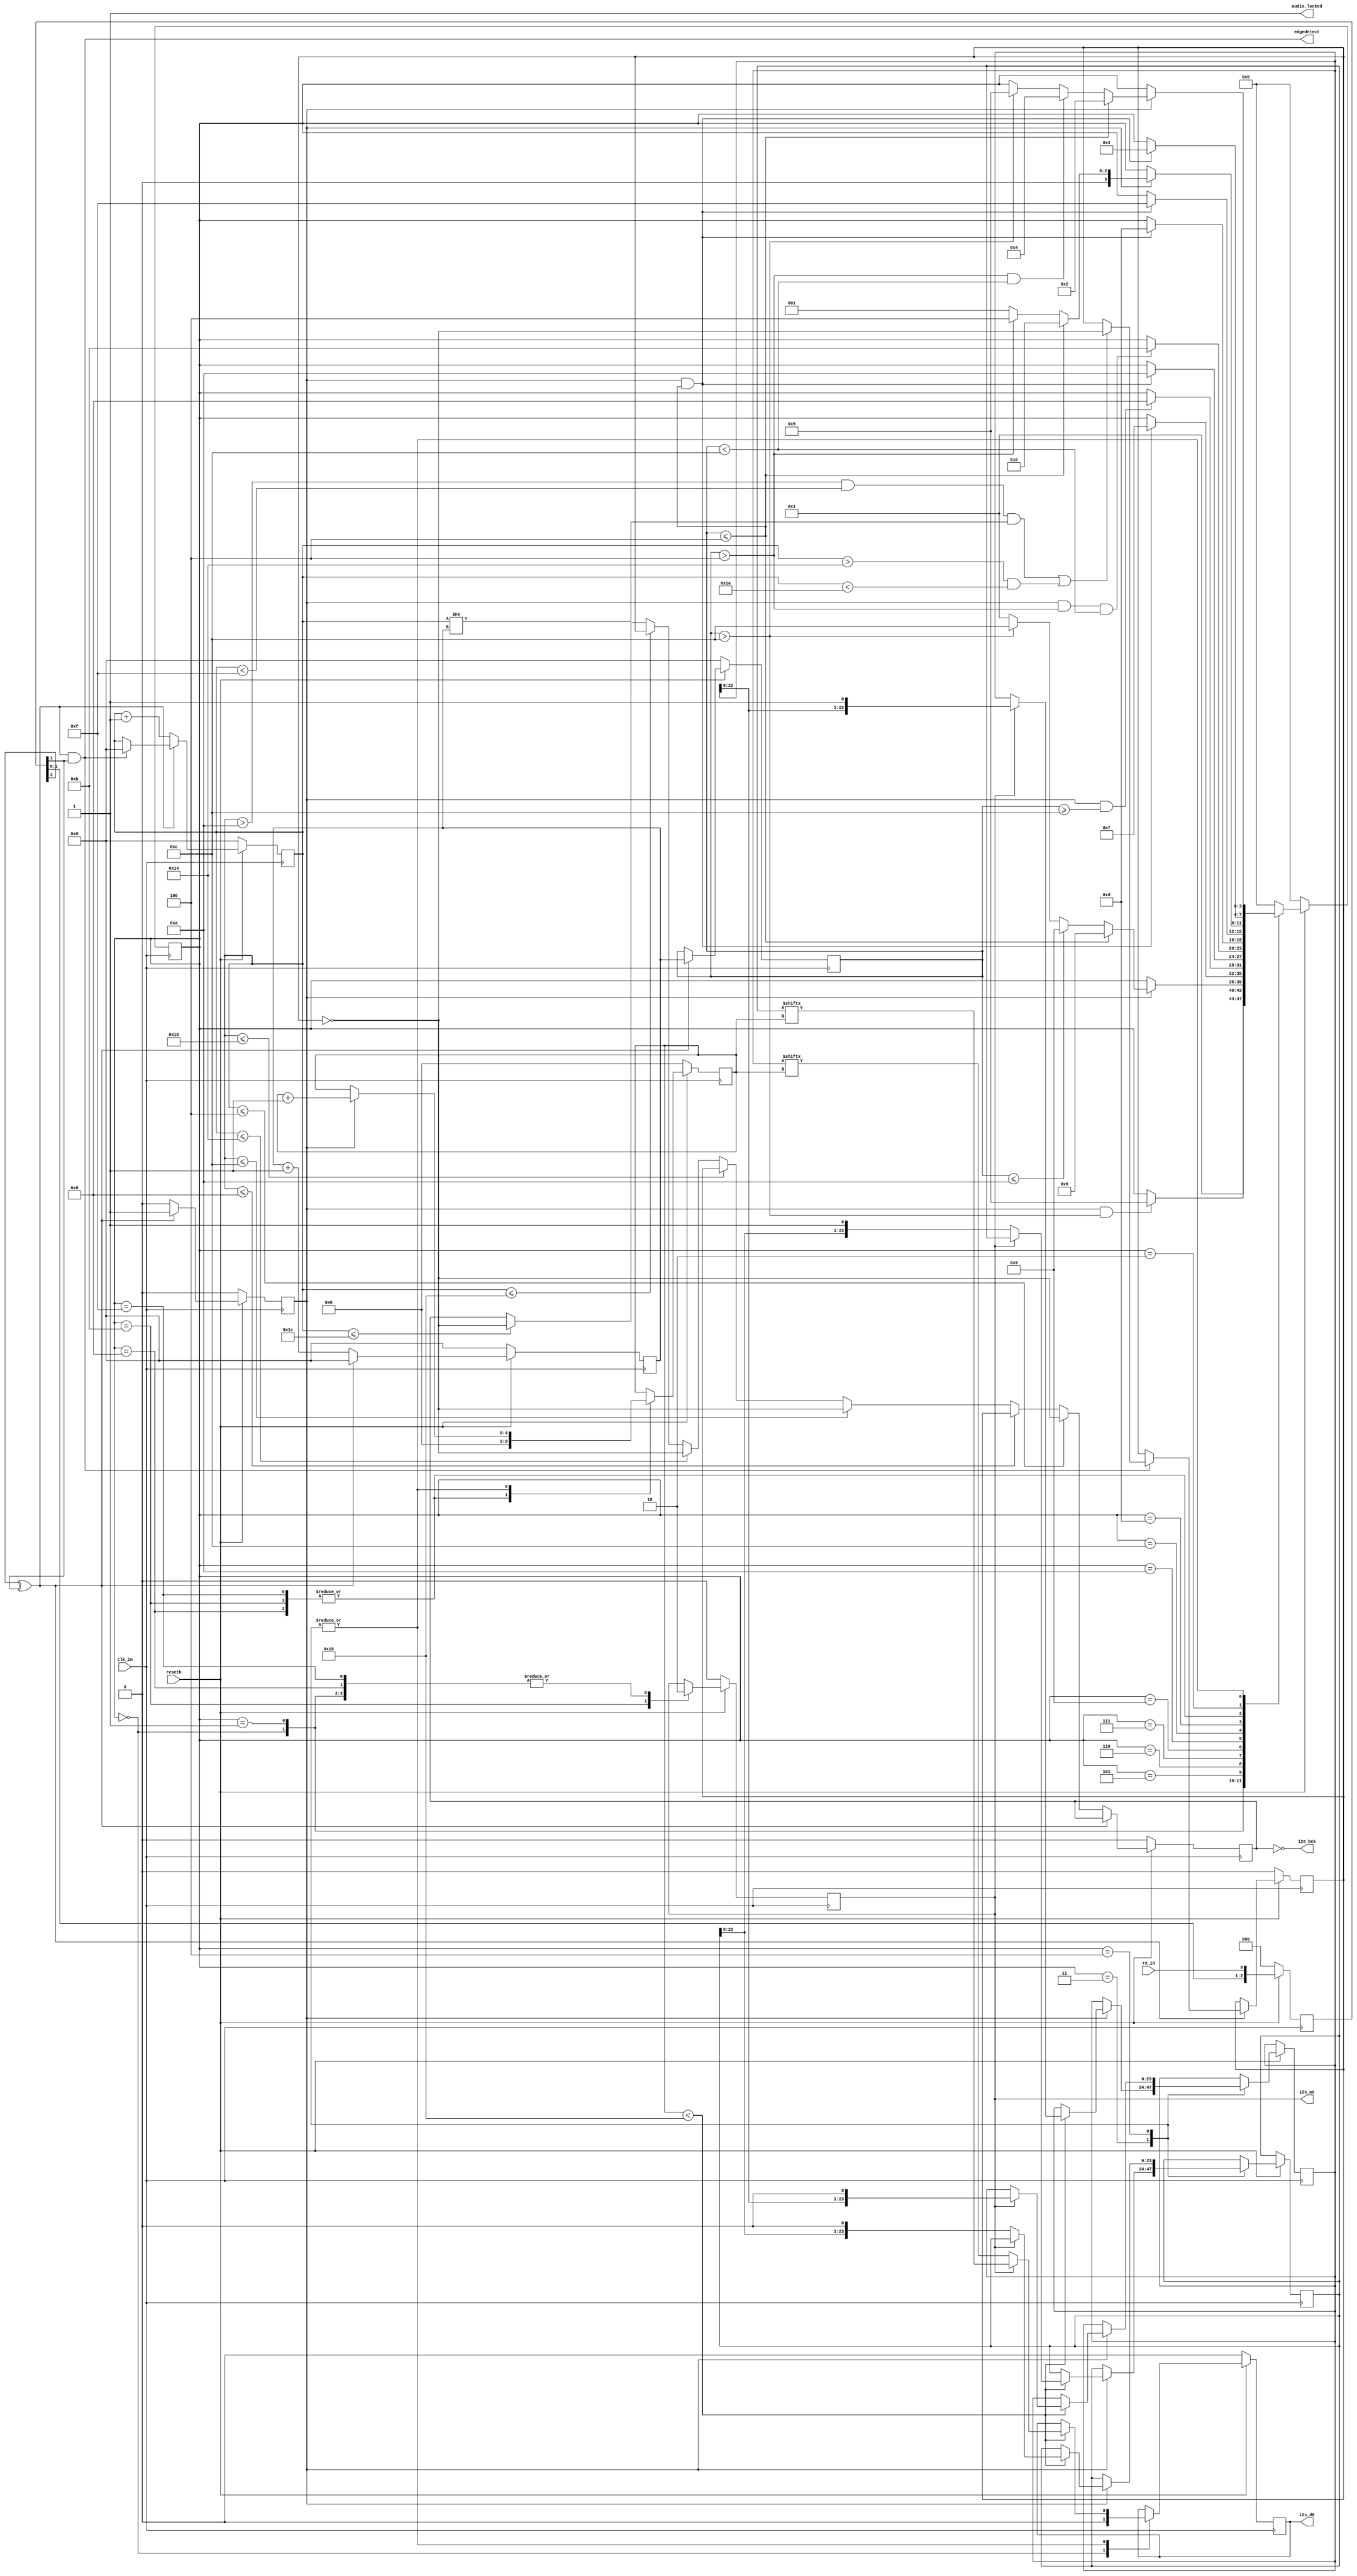
module spdif_decoder ( 
    input clk_in,   //! dsfsdf
    input resetb,
    input rx_in,
    output i2s_bck,
    output i2s_ws,
    output i2s_d0,
    output audio_locked,
    output edgedetect
  );
    wire clk;
    assign clk = clk_in;
    
    assign edgedetect = rxup; //rxedge; //edgedetect i2s_bck; // bitedge_detected & (bitlength > 12) & (bitlength <= 16);
  
    
    assign audio_locked = 1'b1; 
    
    reg [3:0] correlator;
  
    always @(posedge clk)
    begin
      if (!resetb)
        correlator <= 4'b0000;
      else
        correlator <= {correlator[2:0], rx_in};
    end
    wire rxup,rxdown,rxedge;
  
    assign rxup   = rxedge & correlator[1];           // 100
    assign rxdown = rxedge & !correlator[1];          // 011 xxx not sign
  
    assign rxedge = (correlator[2] ^ correlator[1]);  // 100 or 011
  
    // Measure length between edge and store length and bitvalue
    // Generate bitclk for i2s_interface
    // Phase correct logic
  
    reg [7:0] bitcnt;
    reg [7:0] bckcnt;
  
    reg [7:0] bitlength;
    reg bitvalue;
    reg bitedge_detected;
    reg i2s_bck_reg;
    reg i2s_bck_next;
    reg phase_reg;
    reg ws_old_reg;
    reg i2s_ws_reg;
    localparam  bckclks=4; //17;
    
    always @(posedge clk)
    begin
      if (resetb == 0)
      begin
        ws_old_reg  <= 1'b0;
        phase_reg   <= 1'b0;
        i2s_bck_reg <= 1'b0;
        //i2s_bck_next  <= 1'b0; 
        bckcnt      <= 8'h00;
        bitcnt      <= 8'h00;
        bitlength   <= 8'h00;
        bitvalue    <= 1'b0;
        bitedge_detected  <= 1'b0;
      end
      else
      begin
        if (rxedge == 1)
        begin
          bitvalue         <= correlator[1];
          bitlength        <= bitcnt;
          bitcnt           <= 8'h00;
          bitedge_detected <= 1'b1;
          if (rxup == 1)
          begin
            ws_old_reg       <= i2s_ws_reg;
            bckcnt           <= 8'h00;
            if (((bckcnt > 9+1) & (bckcnt < 14+1) & (bckcnt!=bitcnt)) |
                ((bckcnt > 19+1) & (bckcnt < 25+1)))
              phase_reg <= !phase_reg;
            /*if (ws_old_reg == 1'b1 & i2s_ws_reg == 1'b0)
            begin 
              if (bckcnt > bckclks + 8)
                phase_reg <= !phase_reg;      
            end*/
          end
        end
        else
        begin
          bitvalue  <= bitvalue;
          bitlength <= bitlength;
          bitedge_detected <= 1'b0;
          bitcnt    <= bitcnt + 8'h01;
          bckcnt    <= bckcnt + 8'h01;
          i2s_bck_reg <= i2s_bck_next;
  
        end
      end
    end
    
    //assign edgedetect = rxedge; //edgedetect i2s_bck; // bitedge_detected & (bitlength > 12) & (bitlength <= 16);
  
    
    //assign i2s_bck_next = (bitcnt <= 8) or (bitcnt )
    always @*
    begin
      //i2s_bck_next = i2s_bck_reg;
  
      if (bckcnt <= bckclks)
        i2s_bck_next = !phase_reg;
      else if (bckcnt <= bckclks*2)
        i2s_bck_next = phase_reg;
      else if (bckcnt <= bckclks*3)
        i2s_bck_next = !phase_reg;
      else if (bckcnt <= bckclks*4)
        i2s_bck_next = phase_reg;
      else if (bckcnt <= bckclks*5)
        i2s_bck_next = !phase_reg;
      else if (bckcnt <= bckclks*6)
        i2s_bck_next = phase_reg;
      else if (bckcnt <= bckclks*7)
        i2s_bck_next = !phase_reg;
      else 
        i2s_bck_next = i2s_bck_reg;  
    end
    
    assign i2s_bck = !i2s_bck_reg;
    // Bucket list - Update a table of stats on bit lengths
    /*
    reg [7:0] bucket_mem [31:0];
    integer j; 
    always @(posedge clk, negedge resetb)
    begin
      if (~resetb) 
      begin 
        for (j=0; j < 32; j=j+1) begin
          bucket_mem[j] <= 8'h00; 
        end
      end
      else
      begin 
        if (bitedge_detected) 
        begin
          bucket_mem[bitlength[4:0]] <= bucket_mem[bitlength[4:0]] + 1;    
        end
      end     
    end
    */
  
    // Code extractor
    // 010      | 101      =>  1
    // 001      | 110      =>  0
    // 00010111 | 11101000 => Sync B Left and new frame
    // 00011011 | 11100100 => Sync W Right
    // 00011101 | 11100010 => Sync M Left
  
    localparam [3:0]  // States
               INIT_ST            = 4'b0000,
               SEARCH_ST          = 4'b0001,
               FOUND_1_0_ST       = 4'b0010,
               FOUND_1_1_ST       = 4'b0011,
               FOUND_0_ST         = 4'b0100,
               FOUND_SYNC_0_ST    = 4'b0101,
               FOUND_SYNC_B_ST    = 4'b0110,
               FOUND_SYNC_B1_ST   = 4'b0111,
               FOUND_SYNC_B2_ST   = 4'b1000,
               FOUND_SYNC_W_ST    = 4'b1001,
               FOUND_SYNC_W1_ST   = 4'b1010,
               FOUND_SYNC_W2_ST   = 4'b1011,
               FOUND_SYNC_M_ST    = 4'b1100,
               FOUND_SYNC_M1_ST   = 4'b1101,
               FOUND_SYNC_M2_ST   = 4'b1111;
  
    reg  state_det;
    reg  next_det ;
    // assign edgedetect = state_det;// bitedge_detected & (bitlength > 16) & (bitlength <= 44);
  
    reg [23:0] pcmbufL , pcmbufL_next;
    reg [23:0] pcmbufR , pcmbufR_next;
  
    reg [4:0]  pcm_index, pcm_index_next ;
    reg [3:0] ext_state = 4'b0000;
    reg [3:0] ext_next = 4'b0000;
    reg i2s_ws_next;
    reg i2s_d0_reg, i2s_d0_next;
  
    assign i2s_ws    = i2s_ws_reg;
    
    assign i2s_d0    = i2s_d0_reg;
  
    always @(posedge clk)
    begin
      if (!resetb)
      begin
        ext_state <= INIT_ST;
        pcm_index <= 5'h00;
        state_det <= 1'b0;
        i2s_ws_reg <= 1'b0;
        i2s_d0_reg <= 1'b0;
      end
      else
      begin
        ext_state <= ext_next;
        state_det <= next_det;
        pcm_index <= pcm_index_next;
        i2s_ws_reg <= i2s_ws_next;
        i2s_d0_reg <= i2s_d0_next;
        pcmbufL <= pcmbufL_next;
        pcmbufR <= pcmbufR_next;
      end
    end
  
    localparam [7:0] T3 = 12; //42; //32; //42;
    localparam [7:0] T2 = 10; //38; //30; //38;
    localparam [7:0] T1 = 4; //20;  //16; //20;
  
    always @*
    begin
      ext_next = ext_state;
      pcm_index_next = pcm_index;
      pcmbufL_next = pcmbufL;
      pcmbufR_next = pcmbufR;
  
      next_det = 1'b0;
      i2s_ws_next = i2s_ws_reg;
      i2s_d0_next = i2s_d0_reg;
      case(ext_state)
        INIT_ST :     // Set up and enter search
        begin
          i2s_ws_next  = 1'b0;
          i2s_d0_next  = 1'b0;
          ext_next = SEARCH_ST;
        end
        SEARCH_ST :   // Look for first syncword
        begin
          i2s_ws_next   = 1'b0;
          //i2s_d0_next   = 1'b0;
          if (bitedge_detected & (bitlength > T3))
          begin
            ext_next =  FOUND_SYNC_0_ST;
          end
        end
        FOUND_SYNC_0_ST :
        begin
          //next_det = 1'b1;
  
          if (bitedge_detected)
          begin
            if (bitlength <= T1)
              ext_next = FOUND_SYNC_B_ST;     // New frame + Left  ws=0
            else if  (bitlength <= T2 )
              ext_next = FOUND_SYNC_W_ST;     // Right             ws=1
            else if  (bitlength > T3)
              ext_next = FOUND_SYNC_M_ST;     // Left              ws=0
            else
              ext_next = SEARCH_ST;
          end
        end
        FOUND_SYNC_B_ST : // 00010111 | 11101000 => Sync B Left and new frame (ws=0)
        begin
          //next_det    = 1'b1;
          if (bitedge_detected & (bitlength <= T1) )
            ext_next = FOUND_SYNC_B1_ST;
        end
        FOUND_SYNC_B1_ST :
        begin
          if (bitedge_detected & (bitlength >= T3) )
            ext_next = FOUND_SYNC_B2_ST;
        end
        FOUND_SYNC_B2_ST :
        begin
          //next_det    = 1'b1;
          i2s_ws_next = 1'b0;
          pcm_index_next = 0;
          if (bitedge_detected)
          begin
            if (bitlength <= T1)
              ext_next = FOUND_1_0_ST;
            else if (bitlength > (T1) )
              ext_next = FOUND_0_ST;
            else
              ext_next = SEARCH_ST;
          end
        end
        FOUND_SYNC_W_ST :                   // 00011011 | 11100100 => Sync W Right ws=1
        begin
          //next_det    = 1'b1;
          if (bitedge_detected & (bitlength <= T1) )
            ext_next = FOUND_SYNC_W1_ST;
        end
        FOUND_SYNC_W1_ST :
        begin
          //next_det    = 1'b1;
          if (bitedge_detected & (bitlength > T1) & (bitlength < T3))
            ext_next = FOUND_SYNC_W2_ST;
        end
        FOUND_SYNC_W2_ST :
        begin
          //next_det    = 1'b1;
          i2s_ws_next = 1'b1;
          pcm_index_next = 0;
          if (bitedge_detected)
          begin
            if (bitlength <= T1)
              ext_next = FOUND_1_0_ST;
            else if (bitlength > T1 )
              ext_next = FOUND_0_ST;
            else
              ext_next = SEARCH_ST;
          end
        end
        FOUND_SYNC_M_ST :                  // 00011101 | 11100010 => Sync M Left  ws=0
        begin
          if (bitedge_detected & (bitlength <= T1) )
            ext_next = FOUND_SYNC_M1_ST;
        end
        FOUND_SYNC_M1_ST :
        begin
          if (bitedge_detected & (bitlength <= T1) )
            ext_next = FOUND_SYNC_M2_ST;
        end
        FOUND_SYNC_M2_ST :
        begin
          next_det    = 1'b1;
          i2s_ws_next = 1'b0;
          pcm_index_next = 0;
          if (bitedge_detected)
          begin
            if (bitlength <= T1)
              ext_next = FOUND_1_0_ST;
            else if (bitlength > T1 )
              ext_next = FOUND_0_ST;
            else
              ext_next = SEARCH_ST;
          end
        end
        FOUND_1_0_ST :
        begin
          //i2s_d0_next = 1'b1;
          if (bitedge_detected & (bitlength <=T1))
            ext_next = FOUND_1_1_ST;
        end
        FOUND_1_1_ST :
        begin
          if (pcm_index < 24)
            if (i2s_ws_reg==0)
              i2s_d0_next  = pcmbufR[pcm_index];
            else
              i2s_d0_next  = pcmbufL[pcm_index];
          //i2s_d0_next = 1'b1;
          if (bitedge_detected)
          begin
            if (pcm_index < 24)
            begin
              if (i2s_ws_reg==0)
              begin
                pcmbufL_next = {pcmbufL[22:0],1'b1};
                //i2s_d0_next  = pcmbufR[pcm_index];
              end
              else
              begin
                pcmbufR_next = {pcmbufR[22:0],1'b1};
                //i2s_d0_next  = pcmbufL[pcm_index];
              end
            end
            pcm_index_next = pcm_index + 1;
            if (bitlength <= T1)
              ext_next = FOUND_1_0_ST;
            else if ((bitlength > T1) & (bitlength < T3))
              ext_next = FOUND_0_ST;
            else if (bitlength > T3 )
              ext_next = FOUND_SYNC_0_ST;
          end
        end
        FOUND_0_ST :
        begin
          if (pcm_index < 24)
            if (i2s_ws_reg==0)
              i2s_d0_next  = pcmbufR[pcm_index];
            else
              i2s_d0_next  = pcmbufL[pcm_index];
          //next_det    = 1'b1;
          //i2s_d0_next = 1'b0;
          if (bitedge_detected)
          begin
            if (pcm_index < 24)
            begin
              if (i2s_ws_reg==0)
              begin
                pcmbufL_next = {pcmbufL[22:0],1'b0};
                //i2s_d0_next  = pcmbufR[pcm_index];
              end
              else
              begin
                pcmbufR_next = {pcmbufR[22:0],1'b0};
                //i2s_d0_next  = pcmbufL[pcm_index];
              end
            end
            pcm_index_next = pcm_index + 1;
            if (bitlength <= T1)
              ext_next = FOUND_1_0_ST;
            else if ((bitlength > T1) & (bitlength < T3))
              ext_next = FOUND_0_ST;
            else if (bitlength > T3 )
              ext_next = FOUND_SYNC_0_ST;
          end
        end
        default :
          ext_next =  INIT_ST;
      endcase
    end
  endmodule